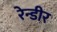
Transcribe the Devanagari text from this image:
रेन्डीर